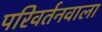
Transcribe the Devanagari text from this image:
परिवर्तनवाला